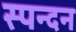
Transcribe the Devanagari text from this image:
स्‍पन्‍दन